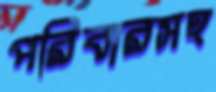
পরিবারসহ